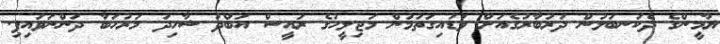
ޔާމީންގެ ދެކަނބަލުން ދަރުބާރުގެއަށް ވަޑައިގަތުމުން މަޖިލީހުގެ ރައީސް އަބްދު ޝާހިދު މަރުހަބާ ދަންނަވައިފި.